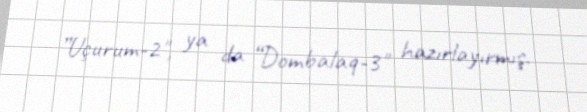
”Uçurum-2", ya da “Dombalaq-3" hazırlayırmış.